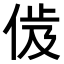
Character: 𬾜